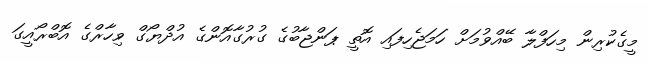
މީގެކުރިން މިހަފްލާ ބޭއްވުމަށް ހަމަޖެހިފައި އޮތީ ޕަންޖާބުގެ ގުރުގާއޮންގެ އުދްޔޯގް ވިހާރްގެ އޮބްރޯއީގަ